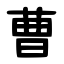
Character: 曹